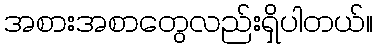
အစားအစာတွေလည်းရှိပါတယ်။